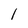
Character: 1